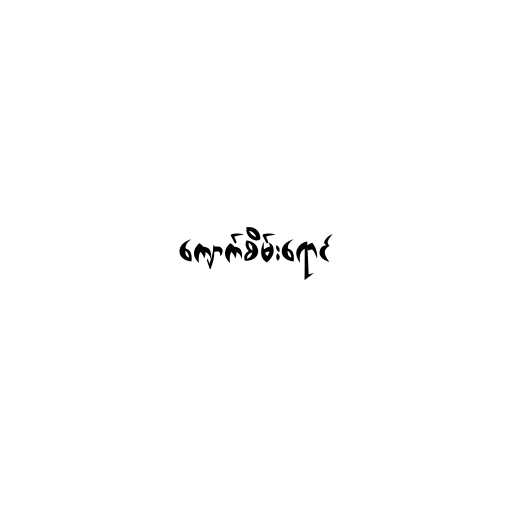
ကျောက်စိမ်းရောင်